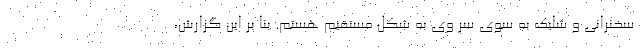
سخنرانی و شلیک به سوی سر وی به شکل مستقیم هستم. بنا بر این گزارش،